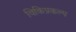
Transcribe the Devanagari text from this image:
विकिप्रकल्प